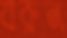
বরুন